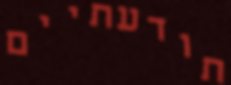
תודעתיים